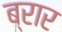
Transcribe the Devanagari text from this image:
ब्रार